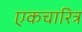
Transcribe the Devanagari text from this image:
एकचारित्र